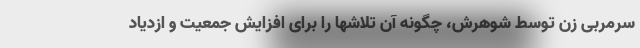
سرمربی زن توسط شوهرش، چگونه آن تلاشها را برای افزایش جمعیت و ازدیاد